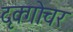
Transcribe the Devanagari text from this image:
दृक्गोचर